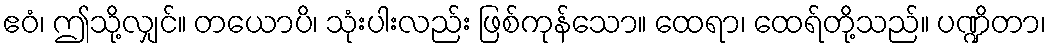
ဧဝံ၊ ဤသို့လျှင်။ တယောပိ၊ သုံးပါးလည်း ဖြစ်ကုန်သော။ ထေရာ၊ ထေရ်တို့သည်။ ပဏ္ဍိတာ၊